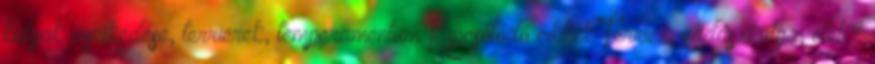
kutyák viselkedése, terrierek, temperamentum Kapcsolódó cikkek Terrier, vadászkutya, öleb?